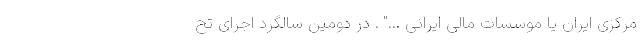
مرکزی ایران یا موسسات مالی ایرانی ..." . در دومین سالگرد اجرای تح